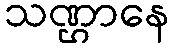
သဏ္ဌာနေ